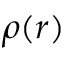
\rho ( r )